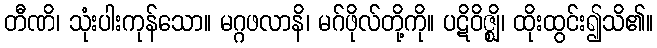
တီဏိ၊ သုံးပါးကုန်သော။ မဂ္ဂဖလာနိ၊ မဂ်ဖိုလ်တို့ကို။ ပဋိဝိဇ္ဈိ၊ ထိုးထွင်း၍သိ၏။